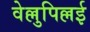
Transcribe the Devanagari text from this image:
वेल्लुपिल्लई